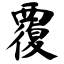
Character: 覆